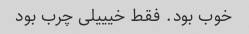
خوب بود. فقط خیییلی چرب بود